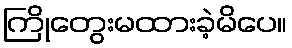
ကြိုတွေးမထားခဲ့မိပေ။